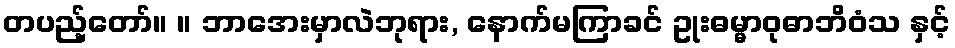
တပည့်တော်။ ။ ဘာအေးမှာလဲဘုရား, နောက်မကြာခင် ဥုးဓမ္မာဝုဓာဘိဝံသ နှင့်